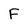
Character: F